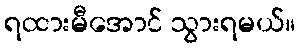
ရထားမီအောင် သွားရမယ်။